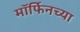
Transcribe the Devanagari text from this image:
मॉर्फिनच्या